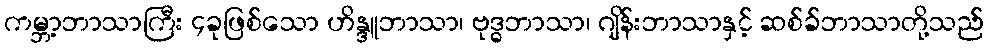
ကမ္ဘာ့ဘာသာကြီး ၄ခုဖြစ်သော ဟိန္ဒူဘာသာ၊ ဗုဒ္ဓဘာသာ၊ ဂျိန်းဘာသာနှင့် ဆစ်ခ်ဘာသာတို့သည်